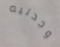
وجدتيه